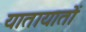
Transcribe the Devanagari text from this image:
यातायातों